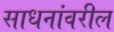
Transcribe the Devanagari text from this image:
साधनांवरील